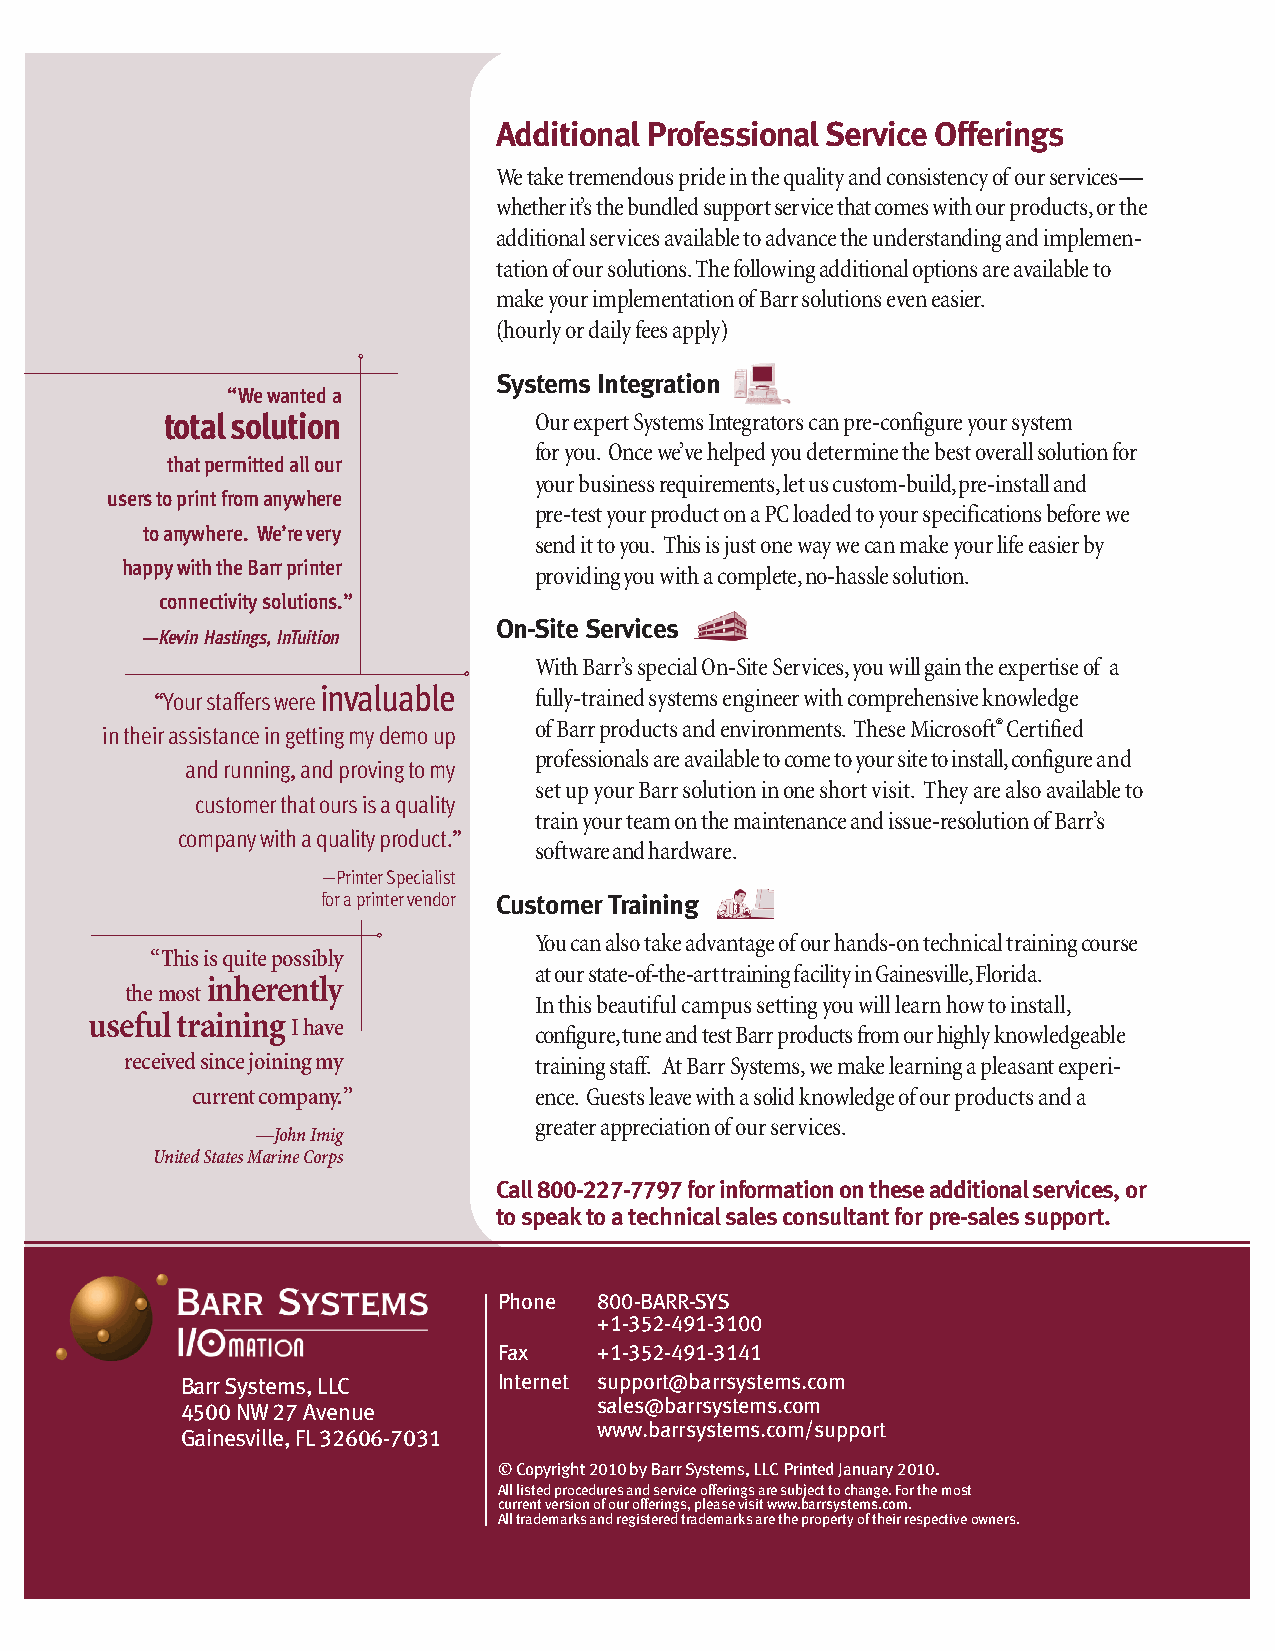
Additional Professional Service Offerings
 We take tremendous pride in the quality and consistency of our services—
 whether it’s the bundled support service that comes with our products, or the
 additional services available to advance the understanding and implemen-
 tation of our solutions. The following additional options are available to
 make your implementation of Barr solutions even easier.
 (hourly or daily fees apply)
 Systems Integration
 “We wanted a
 total solution
 Our expert Systems Integrators can pre-configure your system
 for you. Once we’ve helped you determine the best overall solution for
 that permitted all our
 your business requirements, let us custom-build, pre-install and
 users to print from anywhere
 pre-test your product on a PC loaded to your specifications before we
 to anywhere. We’re very
 send it to you. This is just one way we can make your life easier by
 happy with the Barr printer
 providing you with a complete, no-hassle solution.
 connectivity solutions.”
 On-Site Services
 —Kevin Hastings, InTuition.
 With Barr’s special On-Site Services, you will gain the expertise of a
 invaluable
 “Your staffers were      fully-trained systems engineer with comprehensive knowledge
 of Barr products and environments. These Microsoft® Certified
 in their assistance in getting my demo up
 professionals are available to come to your site to install, configure and
 and running, and proving to my
 set up your Barr solution in one short visit. They are also available to
 customer that ours is a quality
 train your team on the maintenance and issue-resolution of Barr’s
 company with a quality product.”
 software and hardware.
 —Printer Specialist
 for a printer vendor Customer Training
 You can also take advantage of our hands-on technical training course
 “This is quite possibly
 at our state-of-the-art training facility in Gainesville, Florida.
 inherently
 the most
 In this beautiful campus setting you will learn how to install,
 useful training
 I have
 configure, tune and test Barr products from our highly knowledgeable
 received since joining my  training staff. At Barr Systems, we make learning a pleasant experi-
 current company.”     ence. Guests leave with a solid knowledge of our products and a
 greater appreciation of our services.
 —John Imig
 United States Marine Corps
 Call 800-227-7797 for information on these additional services, or
 to speak to a technical sales consultant for pre-sales support.
 Phone  800-BARR-SYS
 +1-352-491-3100
 Fax    +1-352-491-3141
 Barr Systems, LLC    Internet support@barrsystems.com
 4500 NW 27 Avenue           sales@barrsystems.com
 www.barrsystems.com/support
 Gainesville, FL 32606-7031
 © Copyright 2010 by Barr Systems, LLC Printed January 2010.
 All listed procedures and service offerings are subject to change. For the most
 current version of our offerings, please visit www.barrsystems.com.
 All trademarks and registered trademarks are the property of their respective owners.